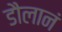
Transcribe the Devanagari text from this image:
डौलानं